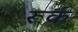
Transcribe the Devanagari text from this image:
रूर्क